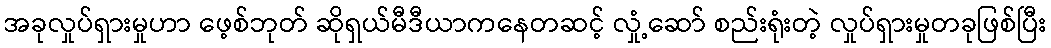
အခုလှုပ်ရှားမှုဟာ ဖေ့စ်ဘုတ် ဆိုရှယ်မီဒီယာကနေတဆင့် လှုံ့ဆော် စည်းရုံးတဲ့ လှုပ်ရှားမှုတခုဖြစ်ပြီး